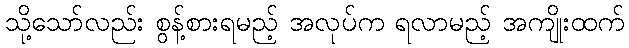
သို့သော်လည်း စွန့်စားရမည့် အလုပ်က ရလာမည့် အကျိုးထက်